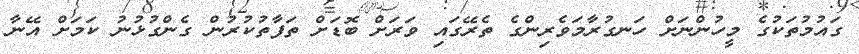
ގައުމުތަކުގެ މީހުންނަށް ހަނގުރާމަވެރިންގެ ތެރޭގައި ވަރަށް ބޮޑަށް ތަފާތުކުރުން ގެންގުޅުނު ކަމަށް އޭނާ